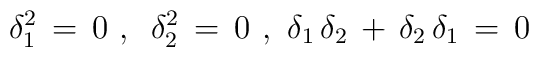
\delta_1^2\,=\,0\,\,,\,\,\,\delta_2^2\,=\,0\,\,,\,\, \delta_1\,\delta_2\,+\,\delta_2\,\delta_1\,=\,0